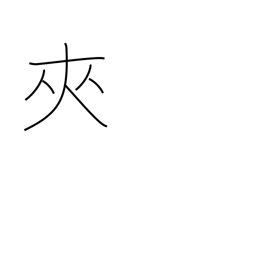
Meaning: insert between